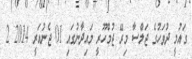
ގައުމީ ދުވަހުގެ ޖަލްސާ މިރޭ ޖުމްހޫރީ މައިދާނުގައި 01 ޖެނުއަރީ 2014 2